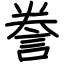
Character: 誊